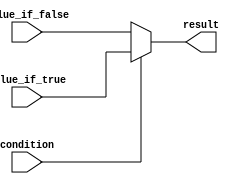
module if_else_tenary(
    input wire condition,
    input wire value_if_true,
    input wire value_if_false,
    output wire result
);

assign result = condition ? value_if_true : value_if_false;

endmodule